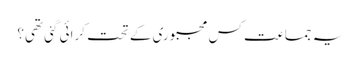
یہ جماعت کس مجبوری کے تحت کرائی گئی تھی؟